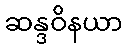
ဆန္ဒဝိနယာ